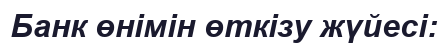
Банк өнімін өткізу жүйесі: